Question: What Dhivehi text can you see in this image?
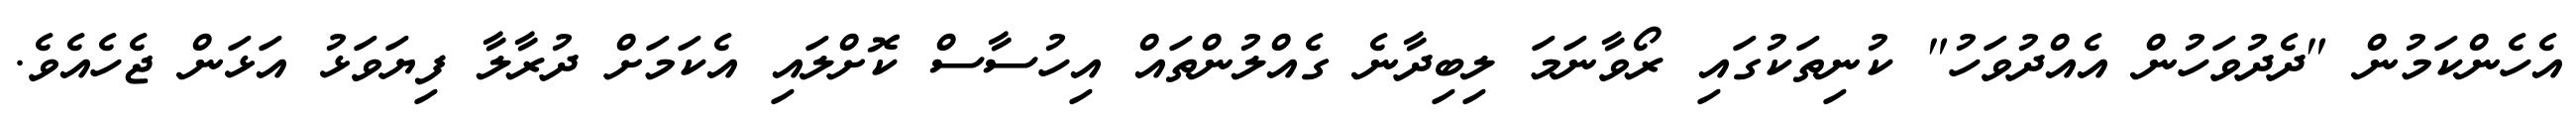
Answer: އެހެންކަމުން "ދެދުވަހުން އެއްދުވަހު" ކުނިތަކުގައި ރޯވާނަމަ ލިބިދާނެ ގެއްލުންތައް އިހުސާސް ކޮށްލައި އެކަމަށް ދުރާލާ ފިޔަވަޅު އަޅަން ޖެހެއެވެ.